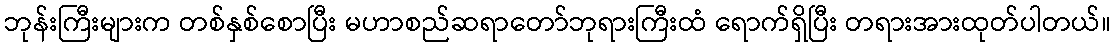
ဘုန်းကြီးများက တစ်နှစ်စောပြီး မဟာစည်ဆရာတော်ဘုရားကြီးထံ ရောက်ရှိပြီး တရားအားထုတ်ပါတယ်။